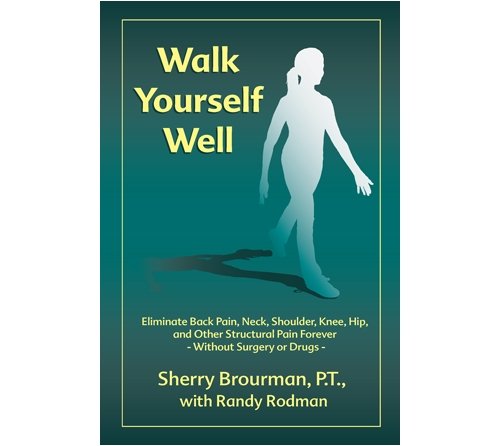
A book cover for Walk Yourself Well: Eliminate Back Pain, Neck, Shoulder, Knee, Hip and Other Structural Pain Forever-Without Surgery or Drugs; Sherry Brourman; Health, Fitness & Dieting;